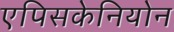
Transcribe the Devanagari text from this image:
एपिसकेनियोन